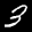
Label: 3